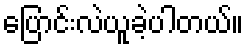
ပြောင်းလဲယူခဲ့ပါတယ်။